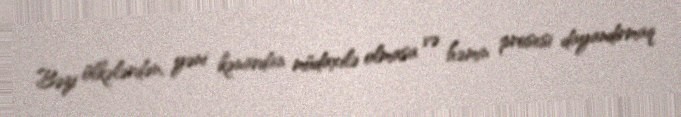
Bəzi ölkələrdən, yəni kənardan müdaxilə olmasa və həmin prosesi dayandırmaq